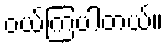
ဝယ်ကြပါတယ်။